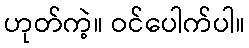
ဟုတ်ကဲ့။ ဝင်ပေါက်ပါ။